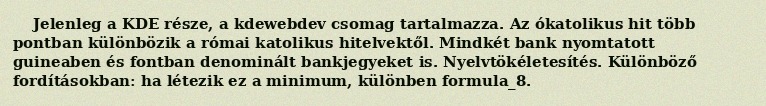
Jelenleg a KDE része, a kdewebdev csomag tartalmazza. Az ókatolikus hit több pontban különbözik a római katolikus hitelvektől. Mindkét bank nyomtatott guineaben és fontban denominált bankjegyeket is. Nyelvtökéletesítés. Különböző fordításokban: ha létezik ez a minimum, különben formula_8.